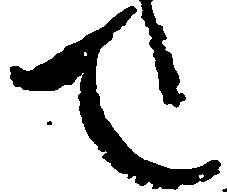
て